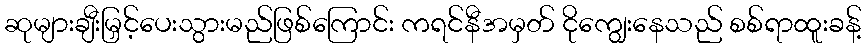
ဆုများချီးမြှင့်ပေးသွားမည်ဖြစ်ကြောင်း ကရင်နီအမှတ် ငိုကျွေးနေသည် စစ်ရာထူးခန့်